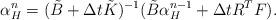
LaTeX: \begin{align*} \alpha_H^n=(\tilde B+\Delta t\tilde K)^{-1}(\tilde B\alpha_H^{n-1}+\Delta tR^TF). \end{align*}